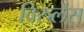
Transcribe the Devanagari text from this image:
विरुलेंस